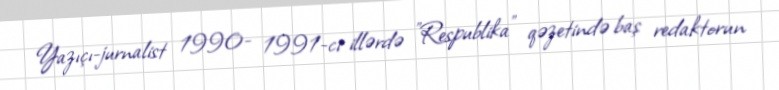
Yazıçı-jurnalist 1990- 1991-ci illərdə "Respublika" qəzetində baş redaktorun